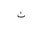
Letter: _non